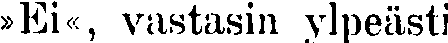
»Ei«, vastasin ylpeästi